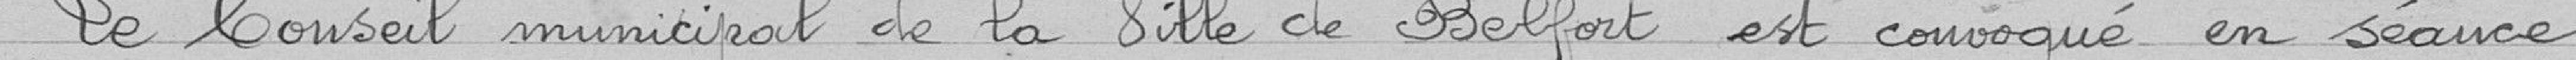
Le conseil municipal de la ville de Belfort est convoqué en séance